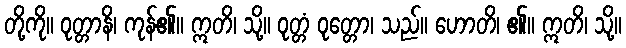
တို့ကို။ ဝုတ္တာနိ၊ ကုန်၏။ ဣတိ၊ သို့။ ဝုတ္တံ ဝုတ္တော၊ သည်။ ဟောတိ၊ ၏။ ဣတိ၊ သို့။